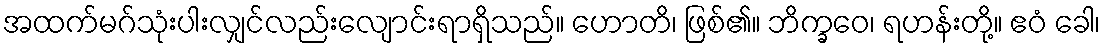
အထက်မဂ်သုံးပါးလျှင်လည်းလျောင်းရာရှိသည်။ ဟောတိ၊ ဖြစ်၏။ ဘိက္ခဝေ၊ ရဟန်းတို့။ ဧဝံ ခေါ၊